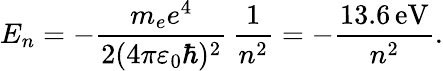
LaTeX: E_{n}=-{\frac{m_{e}e^{4}}{2(4\pi\varepsilon_{0}\hbar)^{2}}}\, {\frac{1}{n^{2}}}=-{\frac{13.6\, {\mathrm{eV}}}{n^{2}}}.